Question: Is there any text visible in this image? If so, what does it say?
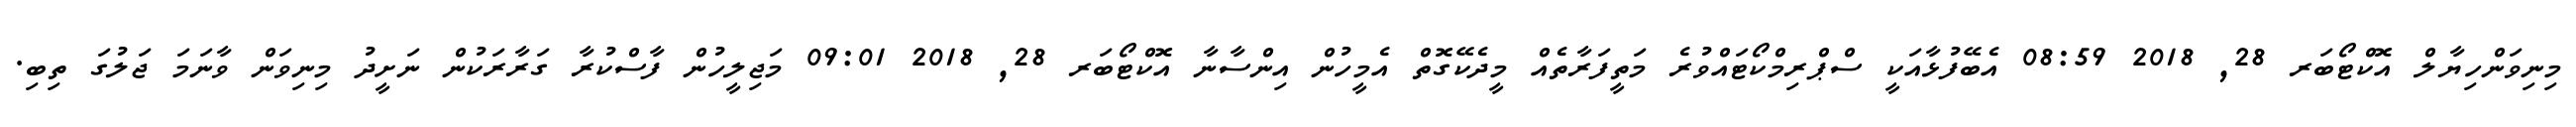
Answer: މިނިވަންހިޔާލް އޮކްޓޯބަރ 28, 2018 08:59 އެބޭފުޅާއަކީ ސްޕްރިމްކޯޓައްވުރެ މަތީފަރާތެއް މީދެކޭގޮތް އެމީހުން އިންސާނާ އޮކްޓޯބަރ 28, 2018 09:01 މަޖިލީހުން ފާސްކުރާ ގަރާރަކުން ނަށީދު މިނިވަން ވާނަމަ ޖަލުގަ ތިބި.